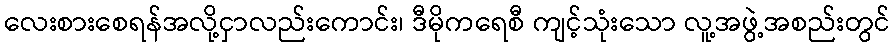
လေးစားစေရန်အလို့ငှာလည်းကောင်း၊ ဒီမိုကရေစီ ကျင့်သုံးသော လူ့အဖွဲ့အစည်းတွင်